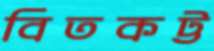
বিতকট্ট